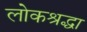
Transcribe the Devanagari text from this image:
लोकश्रद्धा